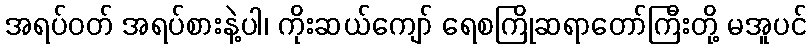
အရပ်ဝတ် အရပ်စားနဲ့ပါ၊ ကိုးဆယ်ကျော် ရေစကြိုဆရာတော်ကြီးတို့ မအူပင်